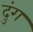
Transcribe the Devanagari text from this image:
दुंग